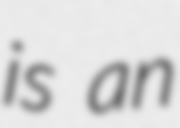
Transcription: is an